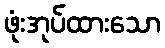
ဖုံးအုပ်ထားသော